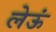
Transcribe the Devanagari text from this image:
लेऊं